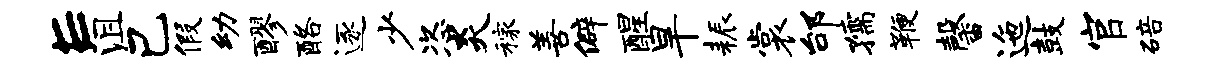
E沮己假幼醪酪逐少恣炎稼善僻醒旱耨裳邰孺鞭馨迤鼓官碚